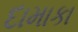
દામાકા